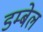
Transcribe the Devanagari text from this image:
डम्बेल